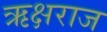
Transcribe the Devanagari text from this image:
ऋक्षराज